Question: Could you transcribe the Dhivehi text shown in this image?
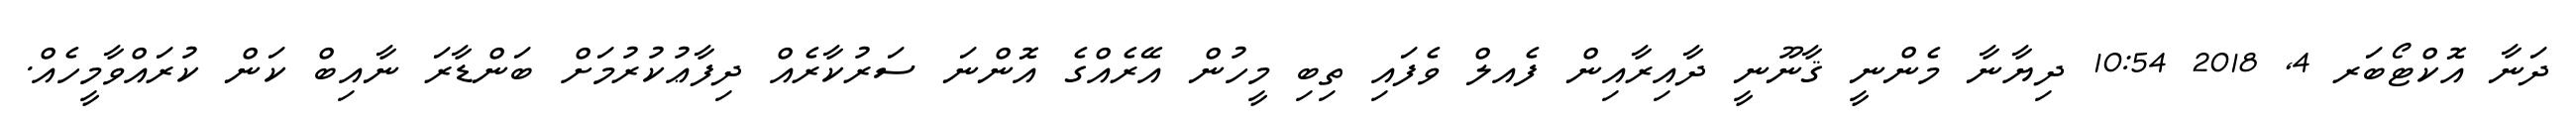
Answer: ދަނާ އޮކްޓޯބަރ 4, 2018 10:54 ދިޔާނާ މެންނީ ޤާނޫނީ ދާއިރާއިން ފެއލް ވެފައި ތިބި މީހުން އޭރެއްގެ އޮންނަ ސަރުކާރެއް ދިފާޢުކުރުމަށް ބަންޑާރަ ނާއިބް ކަން ކުރައްވާމީހެއް.